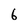
Character: 6